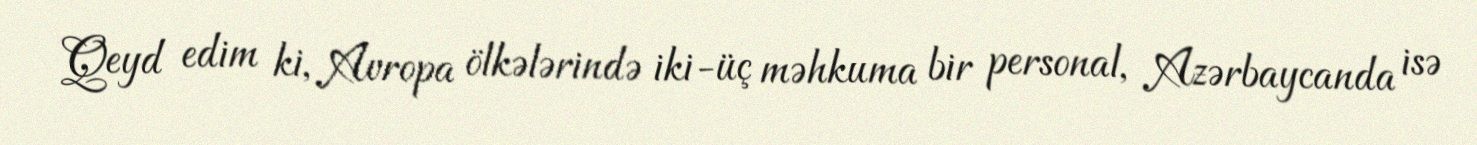
Qeyd edim ki, Avropa ölkələrində iki-üç məhkuma bir personal, Azərbaycanda isə